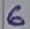
Text: 6